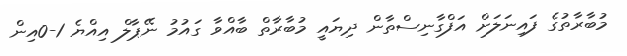
މުބާރާތުގެ ފައިނަލަށް އަފްގާނިސްތާން ދިޔައީ މުބާރާތް ބާއްވާ ގައުމު ނޭޕާލް އިއްޔެ 1-0އިން